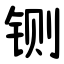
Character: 铡